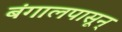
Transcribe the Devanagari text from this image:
बंगालपासून्